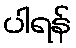
ပါရန်